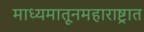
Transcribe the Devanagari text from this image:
माध्यमातूनमहाराष्ट्रात